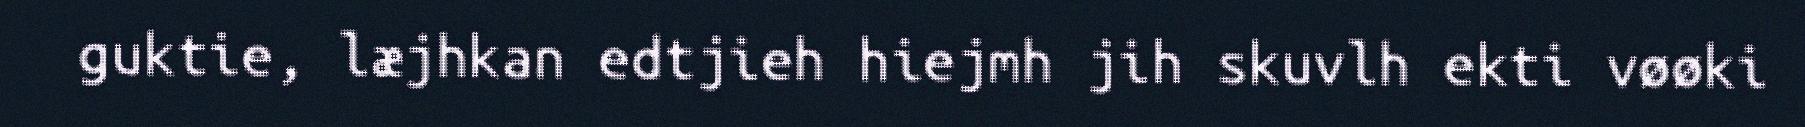
guktie, læjhkan edtjieh hiejmh jih skuvlh ekti vøøki